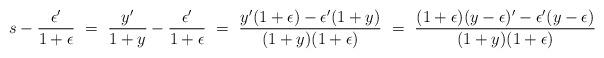
LaTeX: \begin{align*}s-\frac{\epsilon'}{1+\epsilon}\ =\ \frac{y'}{1+y} - \frac{\epsilon'}{1+\epsilon}\ =\ \frac{y'(1+\epsilon)-\epsilon'(1+y)}{(1+y)(1+\epsilon)}\ =\ \frac{(1+\epsilon)(y-\epsilon)' - \epsilon'(y-\epsilon)}{(1+y)(1+\epsilon)}\end{align*}